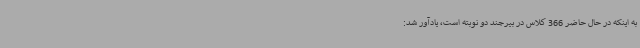
به اینکه در حال حاضر 366 کلاس در بیرجند دو نوبته است، یادآور شد: